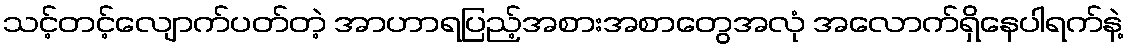
သင့်တင့်လျောက်ပတ်တဲ့ အာဟာရပြည့်အစားအစာတွေအလုံ အလောက်ရှိနေပါရက်နဲ့